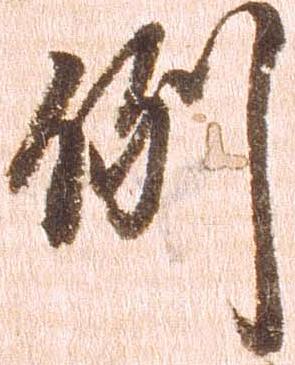
例